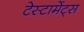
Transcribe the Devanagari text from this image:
टेस्टामेंट्स